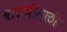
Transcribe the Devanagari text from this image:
बारावीसाठी